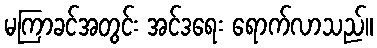
မကြာခင်အတွင်း အင်ဒရေး ရောက်လာသည်။